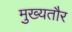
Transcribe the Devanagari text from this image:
मुख्‍यतौर